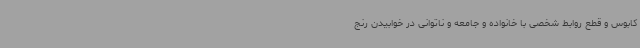
کابوس و قطع روابط شخصی با خانواده و جامعه و ناتوانی در خوابیدن رنج